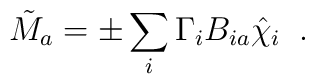
\tilde{M}_a = \pm \sum_{i} \Gamma_i B_{ia} \hat{\chi}_i \;\; .